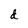
Character: d